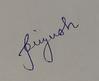
Signature authenticity: genuine